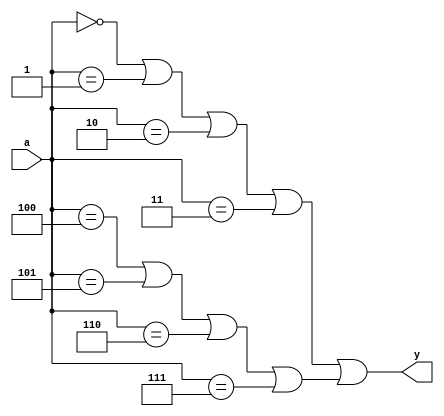
module combinational_logic (
    input wire [2:0] a, // 3-bit input
    output wire y       // Output
);

// Internal signal for simplified logic
wire temp1, temp2;

// Combinational logic implementation with don't care conditions
assign temp1 = (a == 3'b000) || (a == 3'b001) || (a == 3'b010) || (a == 3'b011); // Output 1 for these inputs
assign temp2 = (a == 3'b100) || (a == 3'b101) || (a == 3'b110) || (a == 3'b111); // Don't care conditions

// Final output using the don't care conditions
assign y = temp1 || (temp2); // y is 1 if any of the conditions are satisfied

endmodule